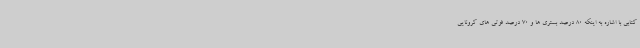
کتابی با اشاره به اینکه 80 درصد بستری ها و 70 درصد فوتی های کرونایی